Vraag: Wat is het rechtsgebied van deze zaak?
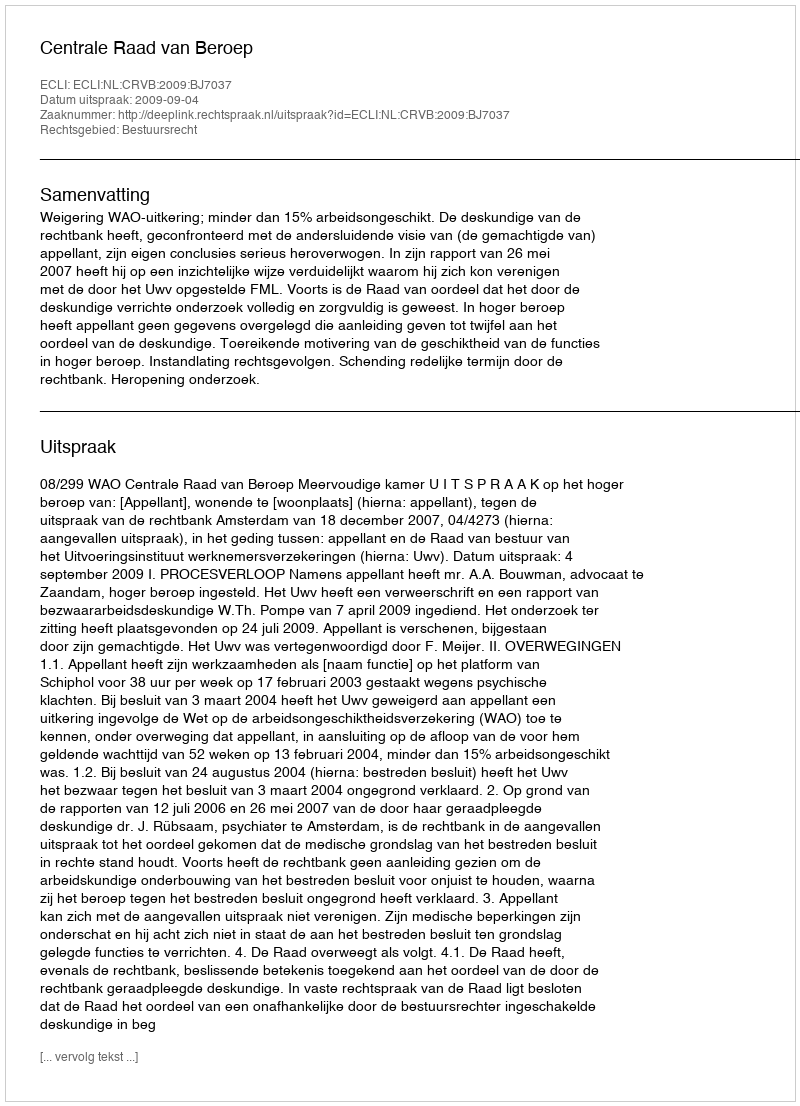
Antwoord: Bestuursrecht